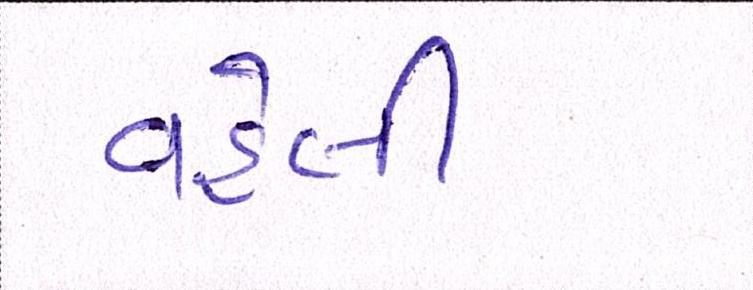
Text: વરેલી